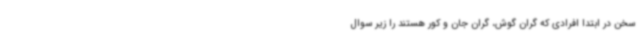
سخن در ابتدا افرادی که گران گوش، گران جان و کور هستند را زیر سوال